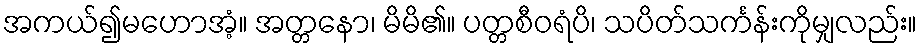
အကယ်၍မဟောအံ့။ အတ္တနော၊ မိမိ၏။ ပတ္တစီဝရံပိ၊ သပိတ်သင်္ကန်းကိုမျှလည်း။